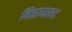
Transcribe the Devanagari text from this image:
निझामाबद